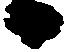
日